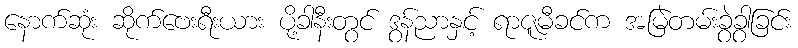
နောက်ဆုံး ဆိုက်ဗေးရီးယား ပို့ခါနီးတွင် ဒွန်ညာနှင့် ရာဇူမီခင်က အမြဲတမ်းခွဲခွာခြင်း